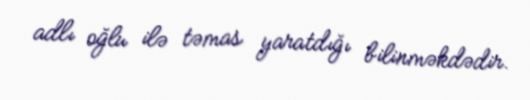
adlı oğlu ilə təmas yaratdığı bilinməkdədir.